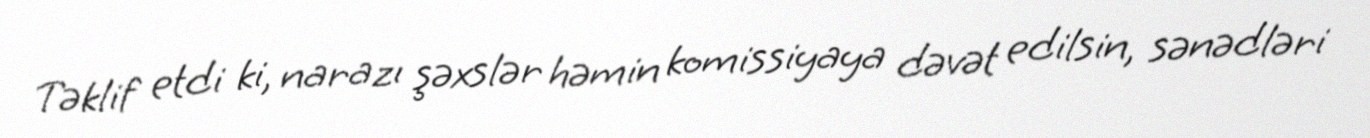
Təklif etdi ki, narazı şəxslər həmin komissiyaya dəvət edilsin, sənədləri